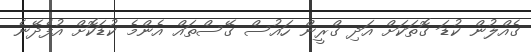
ގެއްލުން ކުޑަ ގޮތަކަށް އަދި ގްރީން ހައުސް ގޭސްތައް އެންމެ ކުޑަކޮށް އުފެދޭނެ